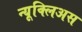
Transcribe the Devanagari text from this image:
न्यूक्लिअस